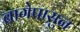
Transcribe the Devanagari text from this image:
बागेपासुन